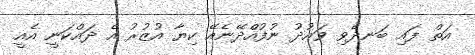
އަތް ފައި ބަނދެވި ވައުދު ނުފުއްދޭނެއޭ ކިޔާ އުޒުރު އެ ދައްކަނީ އެއީ